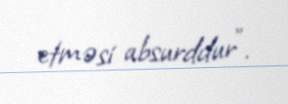
etməsi absurddur".